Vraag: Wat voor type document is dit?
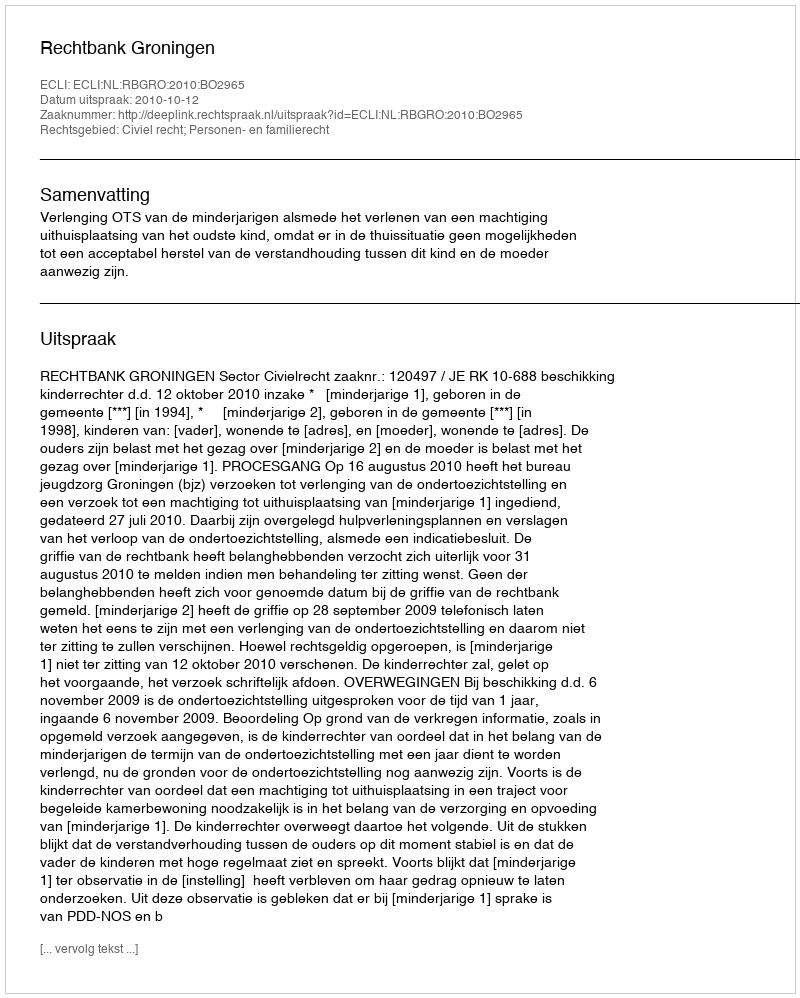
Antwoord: Uitspraak